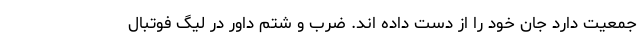
جمعیت دارد جان خود را از دست داده اند. ضرب و شتم داور در لیگ فوتبال